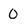
Character: 0